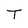
Character: T